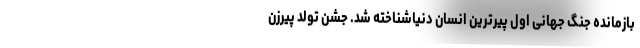
بازمانده جنگ جهانی اول پیرترین انسان دنیاشناخته شد. جشن تولد پیرزن